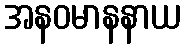
အနဝမာနနာယ